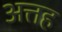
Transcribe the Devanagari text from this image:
अत्तह